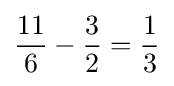
{\frac {11}{6}}-{\frac {3}{2}}={\frac {1}{3}}